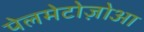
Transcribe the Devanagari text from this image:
पेलमेटोज़ोआ